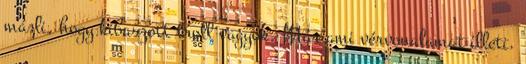
mázli, hogy kibaszott troll vagyok. Már ami vérvonalamat illeti.